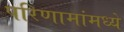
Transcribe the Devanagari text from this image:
परिणामांमध्ये